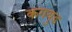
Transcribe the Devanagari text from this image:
कगयुड